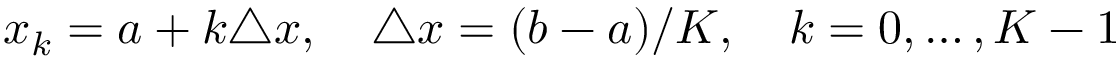
x _ { k } = a + k \triangle x , \quad \triangle x = ( b - a ) / K , \quad k = 0 , \dots , K - 1